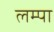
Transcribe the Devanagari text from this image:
लम्पा